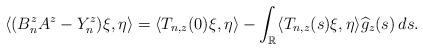
LaTeX: \begin{align*} \langle (B_n^zA^z - Y_n^z)\xi,\eta\rangle =\langle T_{n,z}(0)\xi,\eta\rangle-\int_{\mathbb{R}} \langle T_{n,z}(s)\xi,\eta\rangle \widehat{g}_z(s)\,ds. \end{align*}